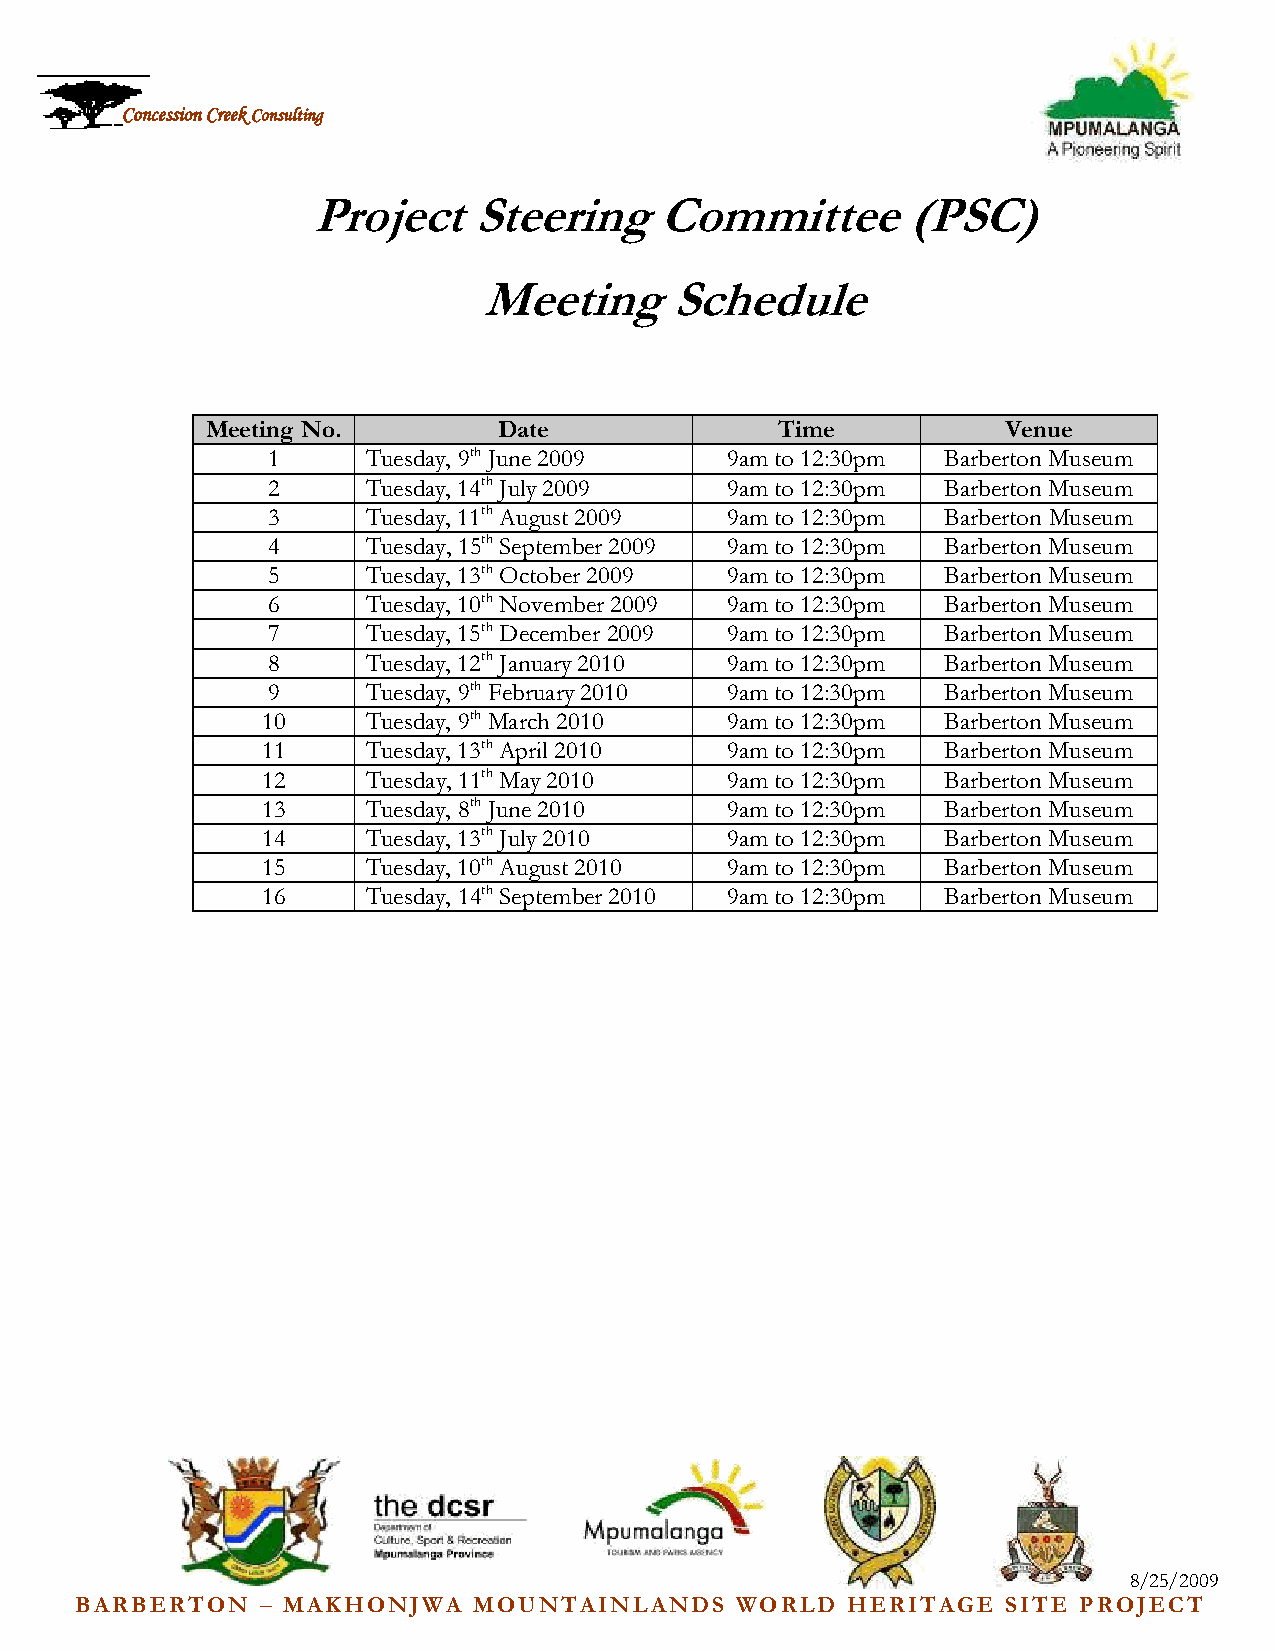
Concession Creek Consulting
 Project    Steering     Committee       (PSC)
 Meeting     Schedule
 Meeting No.        Date               Time           Venue
 1     Tuesday, 9th June 2009  9am to 12:30pm Barberton Museum
 2     Tuesday, 14th July 2009 9am to 12:30pm Barberton Museum
 3     Tuesday, 11th August 2009 9am to 12:30pm Barberton Museum
 4     Tuesday, 15th September 2009 9am to 12:30pm Barberton Museum
 5     Tuesday, 13th October 2009 9am to 12:30pm Barberton Museum
 6     Tuesday, 10th November 2009 9am to 12:30pm Barberton Museum
 7     Tuesday, 15th December 2009 9am to 12:30pm Barberton Museum
 8     Tuesday, 12th January 2010 9am to 12:30pm Barberton Museum
 9     Tuesday, 9th February 2010 9am to 12:30pm Barberton Museum
 10     Tuesday, 9th March 2010 9am to 12:30pm Barberton Museum
 11     Tuesday, 13th April 2010 9am to 12:30pm Barberton Museum
 12     Tuesday, 11th May 2010  9am to 12:30pm Barberton Museum
 13     Tuesday, 8th June 2010  9am to 12:30pm Barberton Museum
 14     Tuesday, 13th July 2010 9am to 12:30pm Barberton Museum
 15     Tuesday, 10th August 2010 9am to 12:30pm Barberton Museum
 16     Tuesday, 14th September 2010 9am to 12:30pm Barberton Museum
 8/25/2009
 BARBERTON   – MAKHONJWA   MOUNTAINLANDS     WORLD  HERITAGE   SITE PROJECT